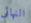
النهائى